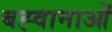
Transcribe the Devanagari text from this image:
बह्वानाओं